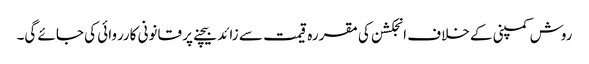
روش کمپنی کے خلاف انجکشن کی مقررہ قیمت سے زائد بیچنے پر قانونی کارروائی کی جائے گی۔